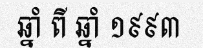
ឆ្នាំ ពី ឆ្នាំ ១៩៩៣